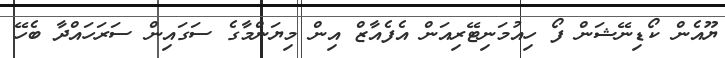
ޔޫއެން ކޯޑިނޭޝަން ފޯ ހިއުމަނިޓޭރިއަން އެފެއާޒް އިން މިޔަންމާގެ ސަގައިން ސަރަހައްދާ ބެހޭ